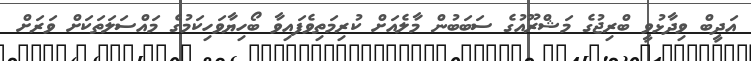
އަދީބް ވިދާޅުވީ ބްރިޖުގެ މަޝްރޫއުގެ ސަބަބުން މާލެއަށް ކުރިމަތިވެފައިވާ ބޯހިޔާވަހިކަމުގެ މައްސަލަތަކަށް ވަރަށް